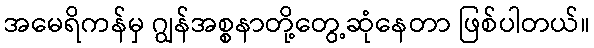
အမေရိကန်မှ ဂျွန်အစ္စနာတို့တွေ့ဆုံနေတာ ဖြစ်ပါတယ်။